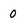
Character: 0